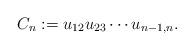
LaTeX: \begin{gather*}C_n:= u_{12} u_{23} \cdots u_{n-1,n}.\end{gather*}